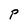
Character: P